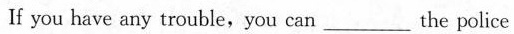
If you have any trouble, you can___the police